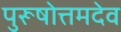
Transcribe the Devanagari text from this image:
पुरूषोत्तमदेव